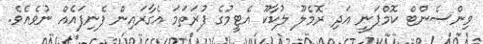
ވިންސެންޓް ކޮމްޕަނީ އަދި ރޮމެލޫ ލުކާކޫ އެޓީމުގެ ފުރަތަމަ އެގާރައިން ފެނިފައެއް ނުވެއެވެ.